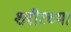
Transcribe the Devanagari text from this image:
शरीरच्या